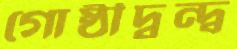
গোষ্ঠীদ্বন্দ্ব